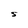
Character: S